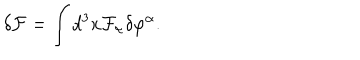
\delta { \cal F } = \int d ^ { 3 } x { \cal F } _ { \alpha } \delta \varphi ^ { \alpha } .